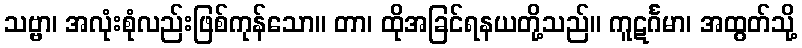
သဗ္ဗာ၊ အလုံးစုံလည်းဖြစ်ကုန်သော။ တာ၊ ထိုအခြင်ရနယတို့သည်။ ကူဋင်္ဂမာ၊ အထွတ်သို့